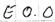
Text: E0.0